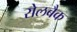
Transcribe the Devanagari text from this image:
रोलबैक